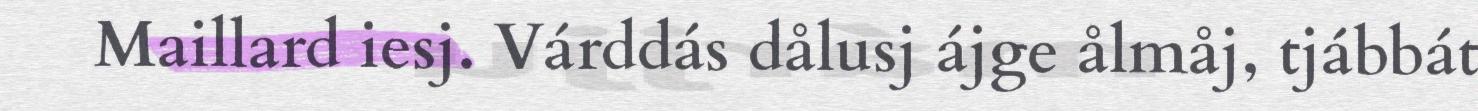
Maillard iesj. Várddás dålusj ájge ålmåj, tjábbát